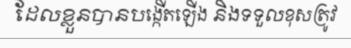
ដែលខ្លួនបានបង្កើតឡើង និងទទួលខុសត្រូវ